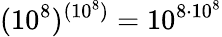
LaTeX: (10^{8})^{(10^{8})}=10^{8\cdot 10^{8}}